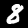
Label: 8